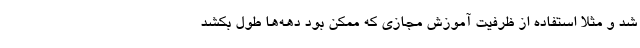
شد و مثلاً استفاده از ظرفیت آموزش مجازی که ممکن بود دهه‌ها طول بکشد